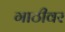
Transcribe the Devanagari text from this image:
गाठीवर